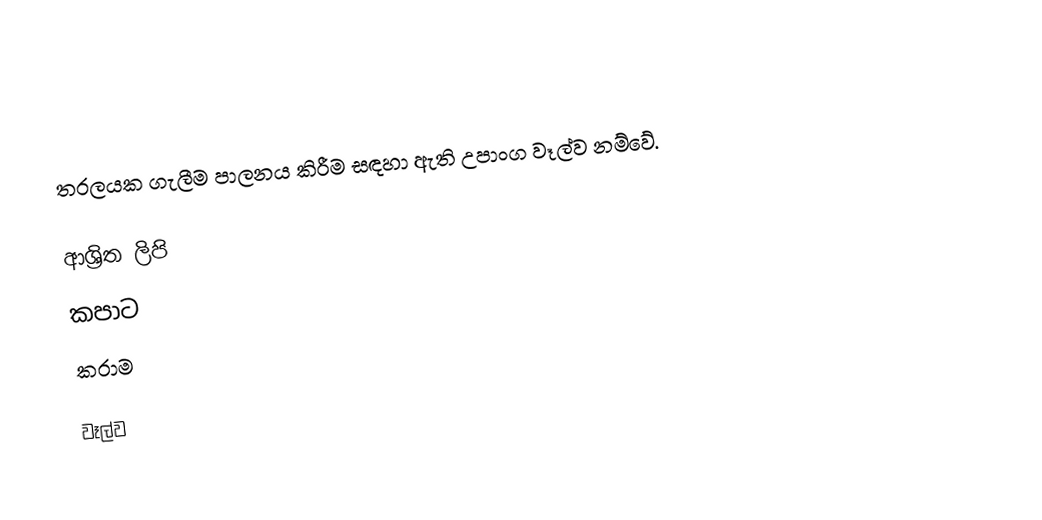
තරලයක ගැලීම පාලනය කිරීම සඳහා ඇති උපාංග වෑල්ව නම්වේ.

ආශ්‍රිත ලිපි
 කපාට
 කරාම

වෑල්ව